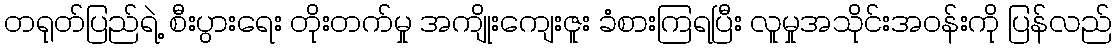
တရုတ်ပြည်ရဲ့ စီးပွားရေး တိုးတက်မှု အကျိုးကျေးဇူး ခံစားကြရပြီး လူမှုအသိုင်းအဝန်းကို ပြန်လည်